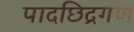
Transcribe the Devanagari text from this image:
पादछिद्रगण